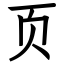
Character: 页